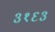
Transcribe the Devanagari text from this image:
३१६३